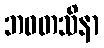
ဘဝတသိနာ